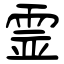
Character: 霊